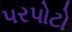
પરપોટો